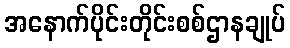
အနောက်ပိုင်းတိုင်းစစ်ဌာနချုပ်